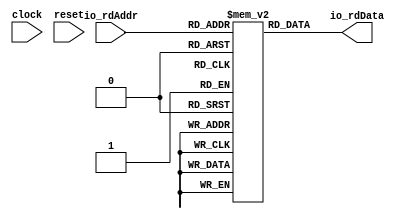
module SimpleCMemROM( // @[:@3.2]
  input        clock, // @[:@4.4]
  input        reset, // @[:@5.4]
  input  [3:0] io_rdAddr, // @[:@6.4]
  output [7:0] io_rdData // @[:@6.4]
);
`ifdef RANDOMIZE_MEM_INIT
  reg [31:0] _RAND_0;
`endif // RANDOMIZE_MEM_INIT
  reg [7:0] mem [0:15]; // @[SimpleCMemROM.scala 17:17:@8.4]
  wire  mem__T_11_en; // @[SimpleCMemROM.scala 17:17:@8.4]
  wire [3:0] mem__T_11_addr; // @[SimpleCMemROM.scala 17:17:@8.4]
  wire [7:0] mem__T_11_data; // @[SimpleCMemROM.scala 17:17:@8.4]
  assign mem__T_11_en = 1'h1;
  assign mem__T_11_addr = io_rdAddr;
  assign mem__T_11_data = mem[mem__T_11_addr]; // @[SimpleCMemROM.scala 17:17:@8.4]
  assign io_rdData = mem__T_11_data; // @[SimpleCMemROM.scala 44:13:@10.4]
// Register and memory initialization
`ifdef RANDOMIZE_GARBAGE_ASSIGN
`define RANDOMIZE
`endif
`ifdef RANDOMIZE_INVALID_ASSIGN
`define RANDOMIZE
`endif
`ifdef RANDOMIZE_REG_INIT
`define RANDOMIZE
`endif
`ifdef RANDOMIZE_MEM_INIT
`define RANDOMIZE
`endif
`ifndef RANDOM
`define RANDOM $random
`endif
`ifdef RANDOMIZE_MEM_INIT
  integer initvar;
`endif
`ifndef SYNTHESIS
`ifdef FIRRTL_BEFORE_INITIAL
`FIRRTL_BEFORE_INITIAL
`endif
initial begin
  `ifdef RANDOMIZE
    `ifdef INIT_RANDOM
      `INIT_RANDOM
    `endif
    `ifndef VERILATOR
      `ifdef RANDOMIZE_DELAY
        #`RANDOMIZE_DELAY begin end
      `else
        #0.002 begin end
      `endif
    `endif
`ifdef RANDOMIZE_MEM_INIT
  _RAND_0 = {1{`RANDOM}};
  for (initvar = 0; initvar < 16; initvar = initvar+1)
    mem[initvar] = _RAND_0[7:0];
`endif // RANDOMIZE_MEM_INIT
  `endif // RANDOMIZE
end // initial
`ifdef FIRRTL_AFTER_INITIAL
`FIRRTL_AFTER_INITIAL
`endif
`endif // SYNTHESIS
endmodule